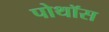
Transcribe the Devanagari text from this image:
पोथॉस